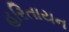
હરિતાયન